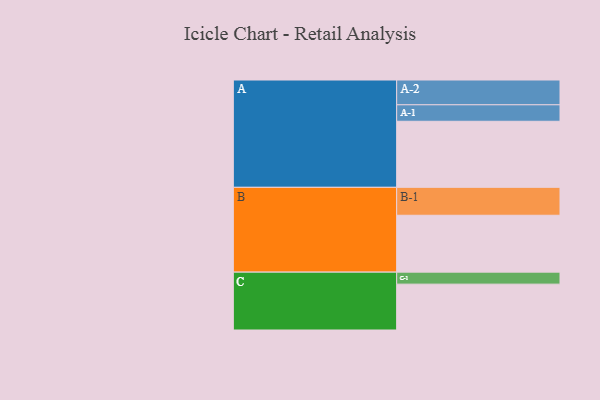
{"axis": {"x": "Segment", "y": "Value"}, "legend": ["", "A", "B", "C"], "data": [{"x": "A", "y": 589, "type": ""}, {"x": "B", "y": 507, "type": ""}, {"x": "C", "y": 409, "type": ""}, {"x": "A-1", "y": 147, "type": "A"}, {"x": "A-2", "y": 221, "type": "A"}, {"x": "B-1", "y": 249, "type": "B"}, {"x": "C-1", "y": 107, "type": "C"}]}